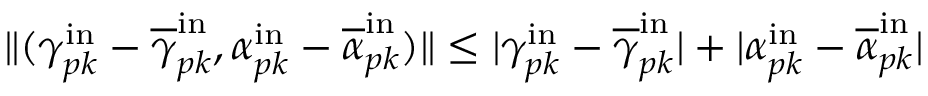
\| ( \gamma _ { p k } ^ { \mathrm { i n } } - \overline { { \gamma } } _ { p k } ^ { \mathrm { i n } } , \alpha _ { p k } ^ { \mathrm { i n } } - \overline { { \alpha } } _ { p k } ^ { \mathrm { i n } } ) \| \leq | \gamma _ { p k } ^ { \mathrm { i n } } - \overline { { \gamma } } _ { p k } ^ { \mathrm { i n } } | + | \alpha _ { p k } ^ { \mathrm { i n } } - \overline { { \alpha } } _ { p k } ^ { \mathrm { i n } } |